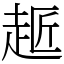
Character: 䞪